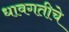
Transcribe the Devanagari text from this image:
धावगतीचे